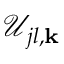
\mathcal { U } _ { j l , { \bf k } }